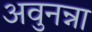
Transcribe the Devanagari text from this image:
अवुनन्ना